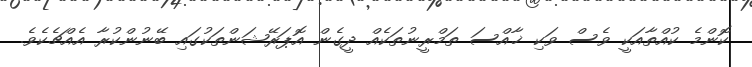
ކޮންމެ ކުއްތާއަކީ ވެސް ވަކި ޚާއްސަ ތަމްރީނުތަކެއް ދީގެން އޮޕަރޭޝަންތަކުގައި ބޭނުންކުރާ އެއްޗެކެވެ.